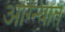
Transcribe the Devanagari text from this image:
आग्न्यात